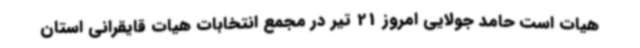
هیات است حامد جولایی امروز 21 تیر در مجمع انتخابات هیات قایقرانی استان